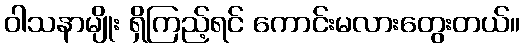
ဝါသနာမျိုး ရှိကြည့်ရင် ကောင်းမလားတွေးတယ်။